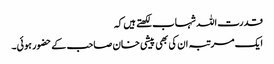
قدرت اللہ شہاب لکھتے ہیں کہ
ایک مرتبہ ان کی بھی پیشی خان صاحب کے حضور ہوئی۔